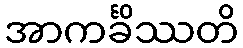
အာကင်္ခိဿတိ